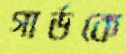
গার্ডকে